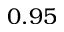
0 . 9 5